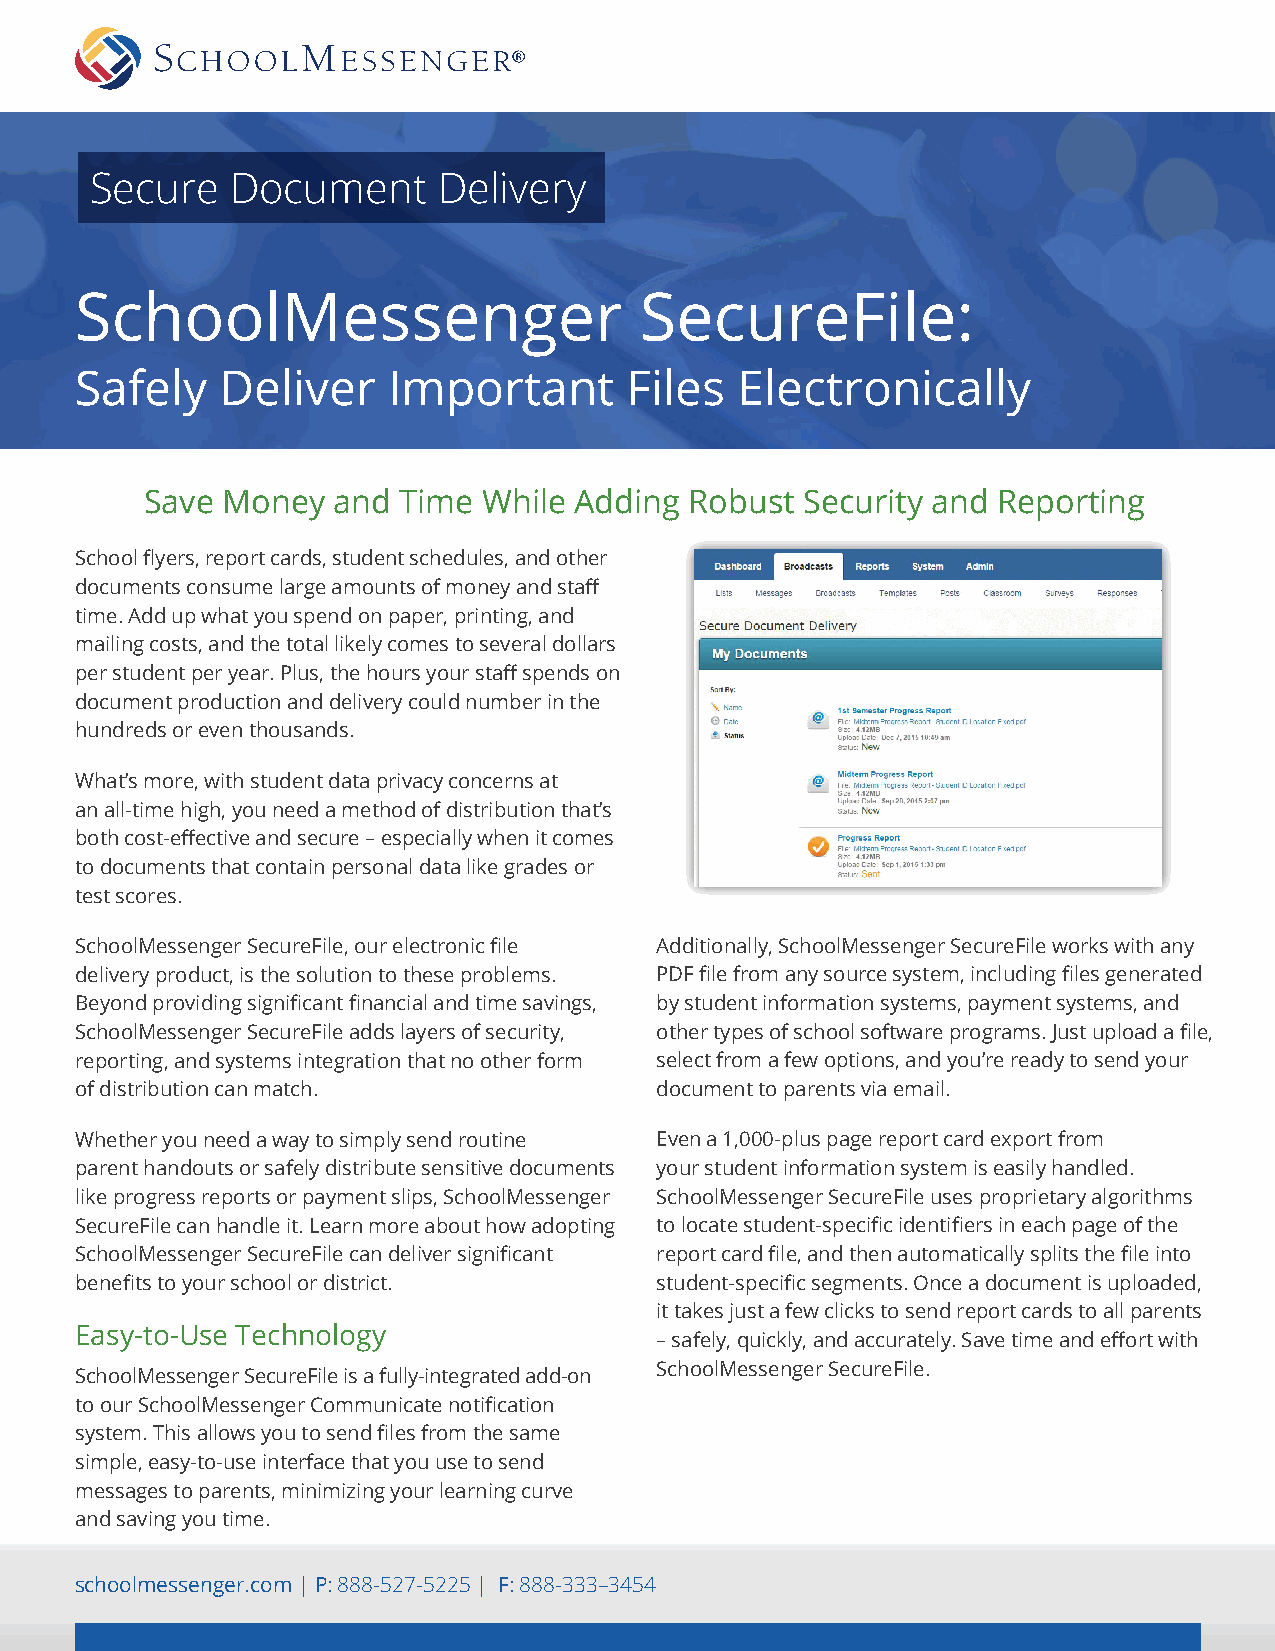
Secure   Document      Delivery
 SchoolMessenger                      SecureFile:
 Safely    Deliver    Important       Files  Electronically
 Save Money  and Time  While Adding  Robust Security and Reporting
 School flyers, report cards, student schedules, and other
 documents consume large amounts of money and staff
 time. Add up what you spend on paper, printing, and
 mailing costs, and the total likely comes to several dollars
 per student per year. Plus, the hours your staff spends on
 document production and delivery could number in the
 hundreds or even thousands.
 What’s more, with student data privacy concerns at
 an all-time high, you need a method of distribution that’s
 both cost-effective and secure – especially when it comes
 to documents that contain personal data like grades or
 test scores.
 SchoolMessenger SecureFile, our electronic file Additionally, SchoolMessenger SecureFile works with any
 delivery product, is the solution to these problems. PDF file from any source system, including files generated
 Beyond providing significant financial and time savings, by student information systems, payment systems, and
 SchoolMessenger SecureFile adds layers of security, other types of school software programs. Just upload a file,
 reporting, and systems integration that no other form select from a few options, and you’re ready to send your
 of distribution can match.            document to parents via email.
 Whether you need a way to simply send routine Even a 1,000-plus page report card export from
 parent handouts or safely distribute sensitive documents your student information system is easily handled.
 like progress reports or payment slips, SchoolMessenger SchoolMessenger SecureFile uses proprietary algorithms
 SecureFile can handle it. Learn more about how adopting to locate student-specific identifiers in each page of the
 SchoolMessenger SecureFile can deliver significant report card file, and then automatically splits the file into
 benefits to your school or district.  student-specific segments. Once a document is uploaded,
 it takes just a few clicks to send report cards to all parents
 Easy-to-Use Technology
 – safely, quickly, and accurately. Save time and effort with
 SchoolMessenger SecureFile.
 SchoolMessenger SecureFile is a fully-integrated add-on
 to our SchoolMessenger Communicate notification
 system. This allows you to send files from the same
 simple, easy-to-use interface that you use to send
 messages to parents, minimizing your learning curve
 and saving you time.
 schoolmessenger.com | P: 888-527-5225 | F: 888-333–3454